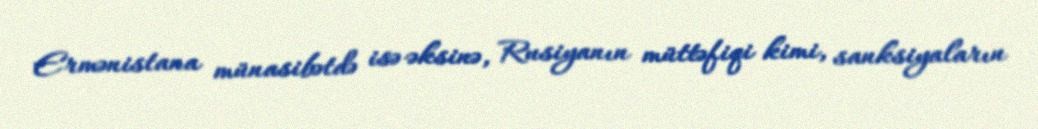
Ermənistana münasibətdə isə əksinə, Rusiyanın müttəfiqi kimi, sanksiyaların